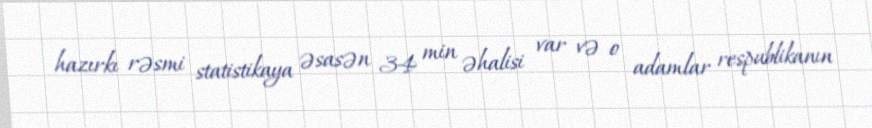
hazırkı rəsmi statistikaya əsasən 34 min əhalisi var və o adamlar respublikanın